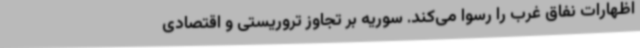
اظهارات نفاق غرب را رسوا می‌کند. سوریه بر تجاوز تروریستی و اقتصادی